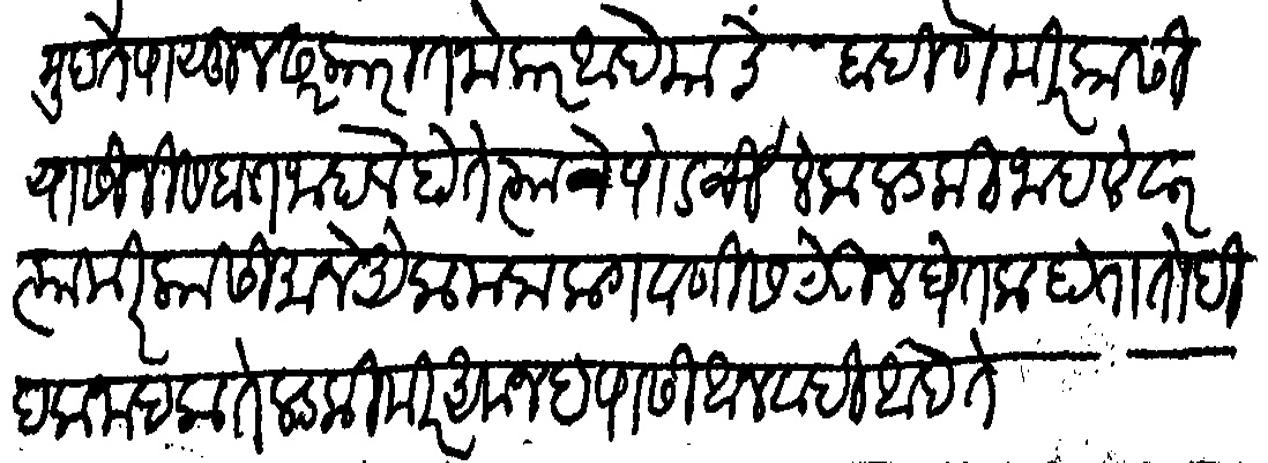
Transliteration (Devanagari): मुदते पासून सरकारात नोकर आहे याचे बहण मीर कासी यासी निसबत जाहाले होते त्याचे पोटची येक लडकी जाहले वर त्या मीर कासीमाने येक मला लावगणीस ठेऊन घेतला होता तोही हक जाहला ते लडकी मीर अमजद पासी आन व्याही आहे ते